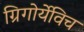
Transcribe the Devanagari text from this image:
ग्रिगोर्येविच